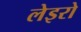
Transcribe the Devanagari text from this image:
लेइरो